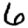
Digit: 6